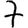
Digit: 7